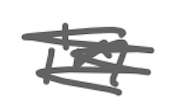
Text: in
Cross-out: scratch
Writing tool: digital_gray